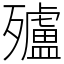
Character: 㱺